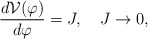
\begin{align*}\frac{d{\cal V}(\varphi)}{d\varphi} = J, \quad J\to 0,\end{align*}